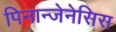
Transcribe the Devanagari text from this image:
पिनान्जेनेसिस